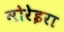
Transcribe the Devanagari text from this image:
मोरेइरा